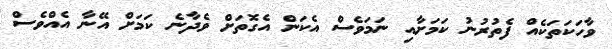
ވާހަކަތަކެއް ފެތުރުނު ކަމަށާއި ނަމަވެސް އެކަން އެގޮތަށް ވެދާނެ ކަމަށް އޭނާ އެއްވެސް